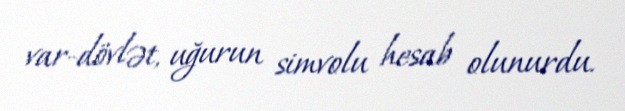
var-dövlət, uğurun simvolu hesab olunurdu.